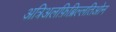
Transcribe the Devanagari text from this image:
अत्रिअलफ़िब्रिल्लतिओन